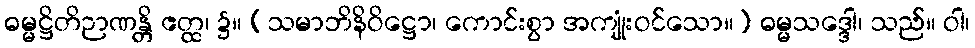
ဓမ္မဋ္ဌိတိဉာဏန္တိ ဧတ္ထ၊ ၌။ (သမာဘိနိဝိဋ္ဌော၊ ကောင်းစွာ အကျုံးဝင်သော။) ဓမ္မသဒ္ဒေါ၊ သည်။ ဝါ၊